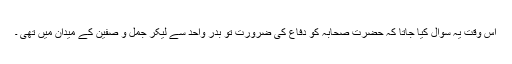
اس وقت یہ سوال کیا جاتا کہ حضرت صحابہ کو دفاع کی ضرورت تو بدر واحد سے لیکر جمل و صفین کے میدان میں تھی ۔